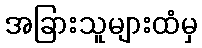
အခြားသူများထံမှ